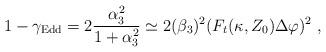
LaTeX: \begin{align*}1 - \gamma_{\rm Edd} = 2 {\alpha^2_3\over 1+\alpha^2_3} \simeq 2(\beta_3)^2 (F_t (\kappa, Z_0) \Delta\varphi)^2\ , \end{align*}